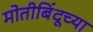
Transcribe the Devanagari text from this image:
मोतीबिंदूच्या